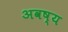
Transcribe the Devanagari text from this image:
अवष्य